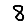
Digit: 8